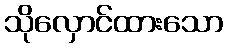
သိုလှောင်ထားသော